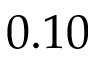
0 . 1 0